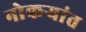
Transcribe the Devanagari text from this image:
नोकऱ्यांत